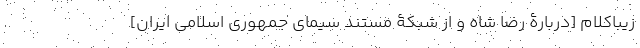
زیبا‌کلام [دربارۀ رضا شاه و از شبکۀ مستند سیمای جمهوری اسلامی ایران]